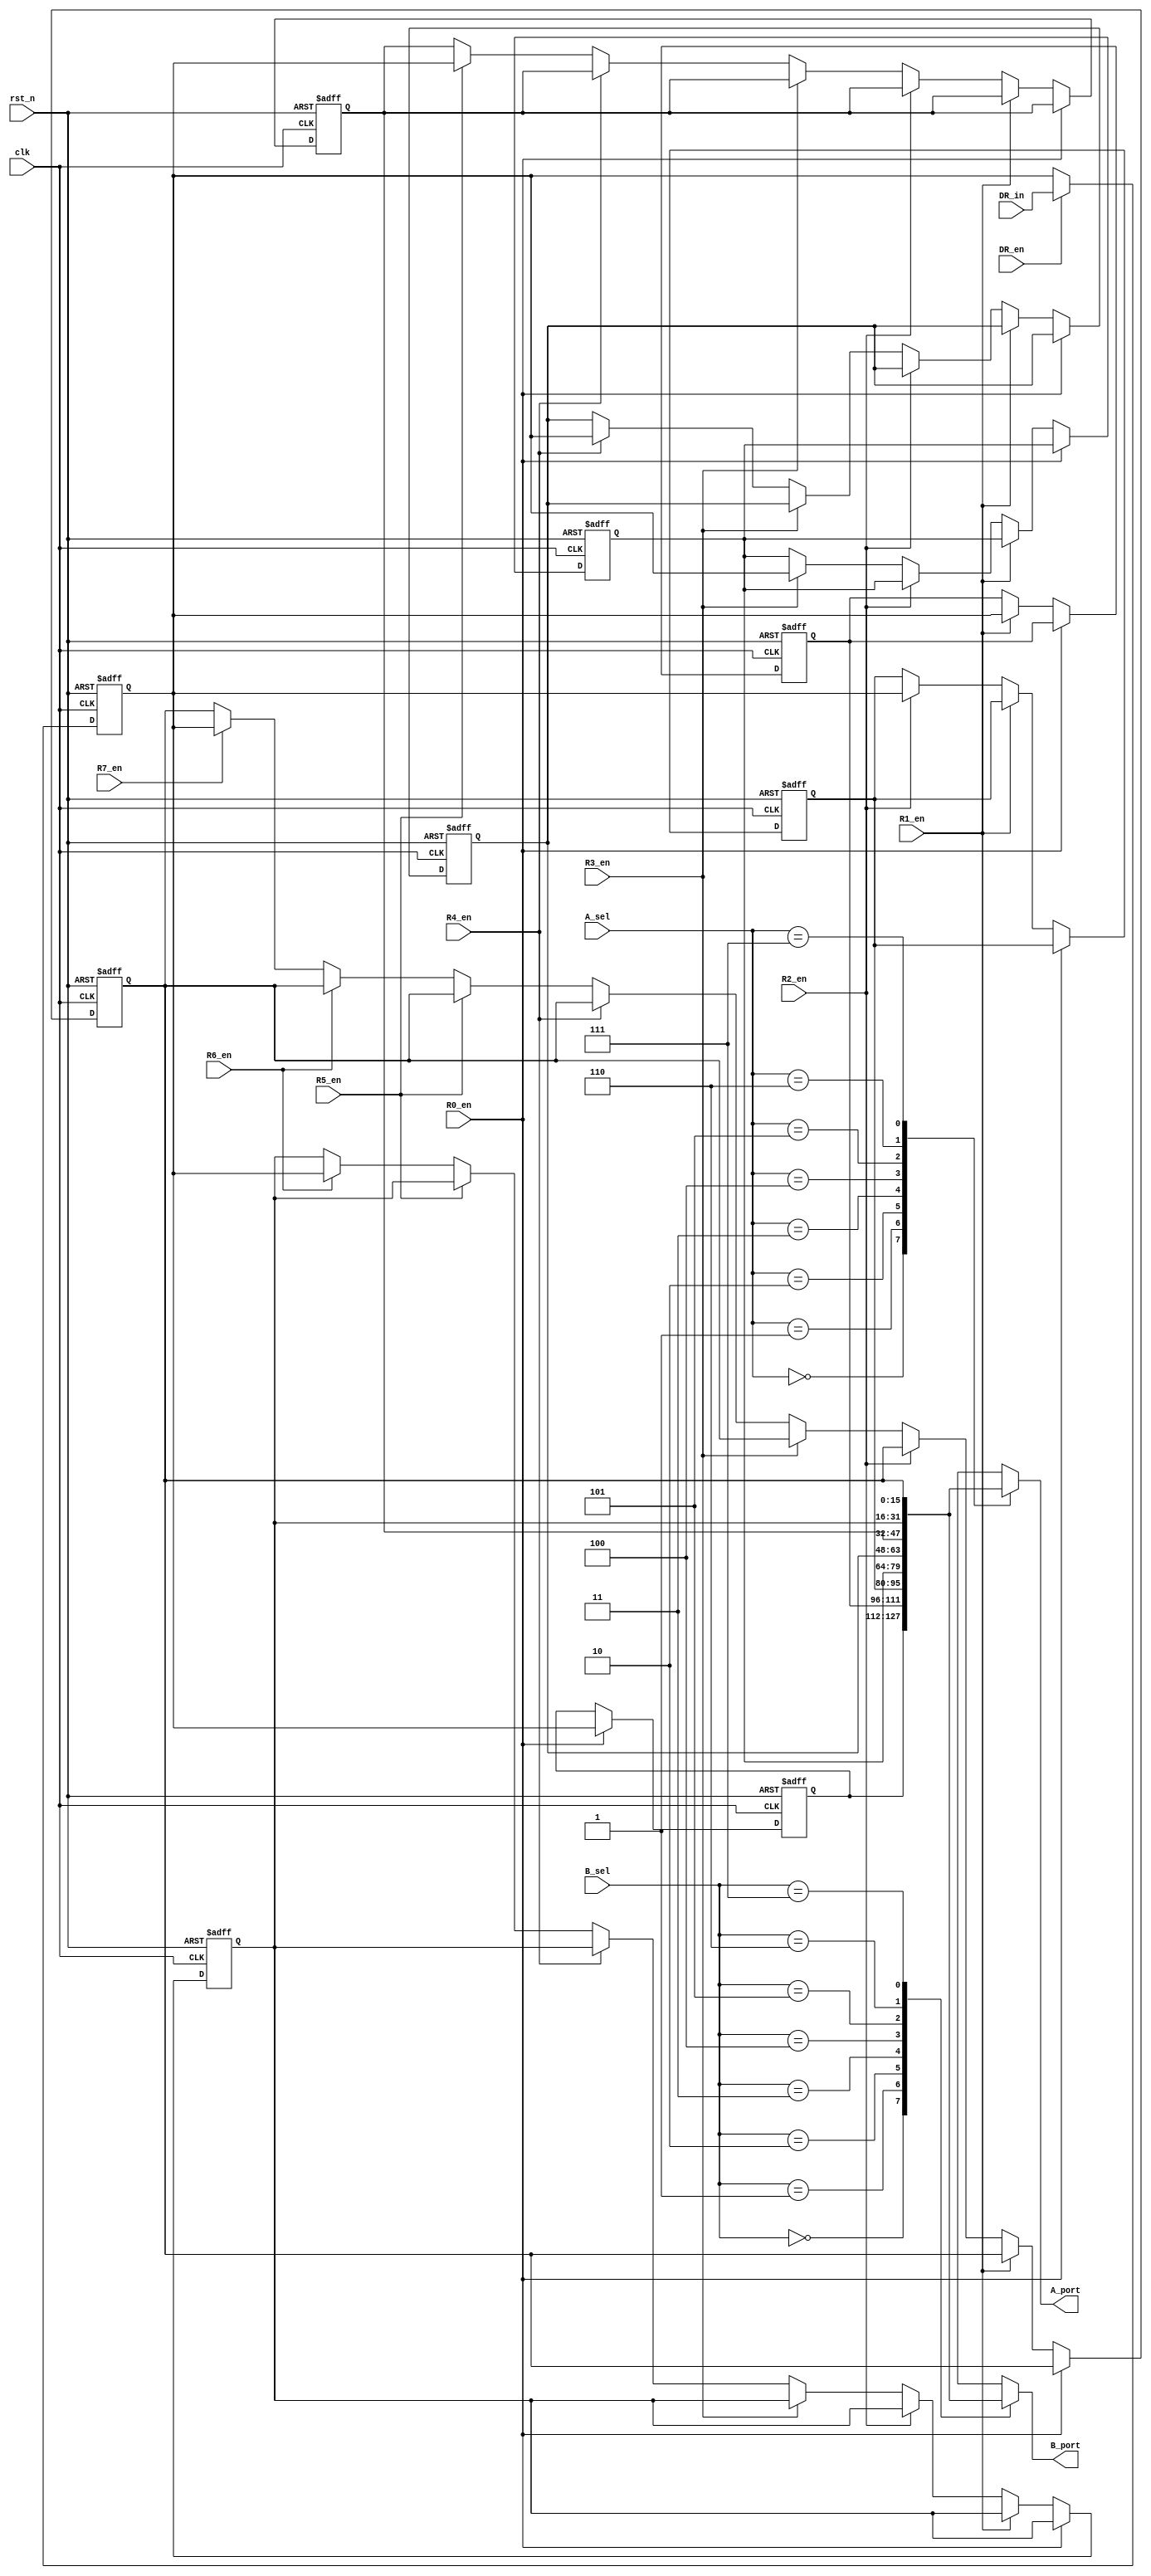
`timescale 1ns / 1ps
//////////////////////////////////////////////////////////////////////////////////
// Company: 
// Engineer: 
// 
// Design Name: 
// Module Name: register
// Project Name: 
// Target Devices: 
// Tool Versions: 
// Description: 
// 
// Dependencies: 
// 
// Revision:
// Revision 0.01 - File Created
// Additional Comments:
// 
//////////////////////////////////////////////////////////////////////////////////


module register(
                output reg [15:0] A_port,
                output reg [15:0] B_port,
                
                input clk,
                input rst_n,
                input [2:0] A_sel,
                input [2:0] B_sel,
                input DR_en,
                input [15:0] DR_in,
                
                input R0_en,
                input R1_en,
                input R2_en,
                input R3_en,
                input R4_en,
                input R5_en,
                input R6_en,
                input R7_en
    );

reg[15:0] R0;
    reg[15:0] R1;
    reg[15:0] R2;
    reg[15:0] R3;
    reg[15:0] R4;
    reg[15:0] R5;
    reg[15:0] R6;
    reg[15:0] R7;
    reg[15:0] DR;
    
    always@(*)
    begin
        case(A_sel)
            3'b000: A_port = R0;
            3'b001: A_port = R1;
            3'b010: A_port = R2;
            3'b011: A_port = R3;
            3'b100: A_port = R4;
            3'b101: A_port = R5;
            3'b110: A_port = R6;
            3'b111: A_port = R7;
            default: A_port = 16'b0;
        endcase
    end
    
    always@(*)
    begin
        case(B_sel)
            3'b000: B_port = R0;
            3'b001: B_port = R1;
            3'b010: B_port = R2;
            3'b011: B_port = R3;
            3'b100: B_port = R4;
            3'b101: B_port = R5;
            3'b110: B_port = R6;
            3'b111: B_port = R7;
            default: B_port = 16'b0;
        endcase
    end
    
    always @(posedge clk or negedge rst_n) begin
        if (!rst_n) begin
            R0<=16'b0;
            R1<=16'b0;
            R2<=16'b0;
            R3<=16'b0;
            R4<=16'b0;
            R5<=16'b0;
            R6<=16'b0;
            R7<=16'b0;
            
        end
        else  begin
            if(R0_en)
                 R0<= DR;
            else if(R1_en)
                R1<=DR;
            else if(R2_en)
                R2<=DR;
            else if(R3_en)
                R3<=DR;
            else if(R4_en)
                R4<=DR;
            else if(R5_en)
                R5<=DR;
            else if(R6_en)
                R6<=DR;
            else if(R7_en)
                R7<=DR;
    
        end
    end
    
    always @(posedge clk or negedge rst_n) begin
        if (!rst_n) begin
            DR<=16'b0;        
        end
        else  begin
            if(DR_en)
               DR<=DR_in;
            
        end
    end
endmodule